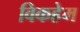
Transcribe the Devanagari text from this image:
विकहेम